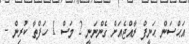
އަޙްސަން ޙަނީފް ރާއްޖެއަށް ގެންނަނީ 2 މަސް 1 ހަފްތާ ކުރިން -